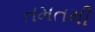
તમતમી